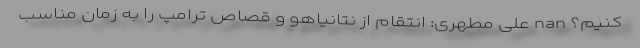
کنیم؟ nan علی مطهری: انتقام از نتانیاهو و قصاص ترامپ را به زمان مناسب